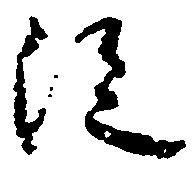
従